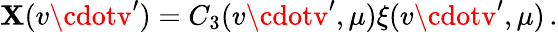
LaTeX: \mathbf{X}(v\cdotv^{\prime})=C_{3}(v\cdotv^{\prime},\mu)\xi(v\cdotv^{\prime},\mu)\, .